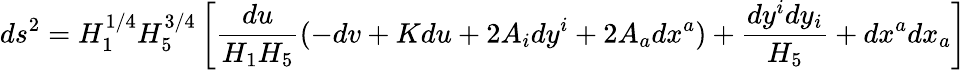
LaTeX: ds^{2}=H_{1}^{1/4}H_{5}^{3/4}\left[{\frac{du}{H_{1}H_{5}}}(-dv+Kdu+2A_{i}dy^{i}+2A_{a}dx^{a})+{\frac{dy^{i}dy_{i}}{H_{5}}}+dx^{a}dx_{a}\right]